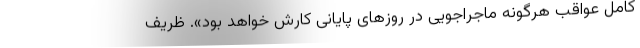
کامل عواقب هرگونه ماجراجویی در روزهای پایانی کارش خواهد بود». ظریف